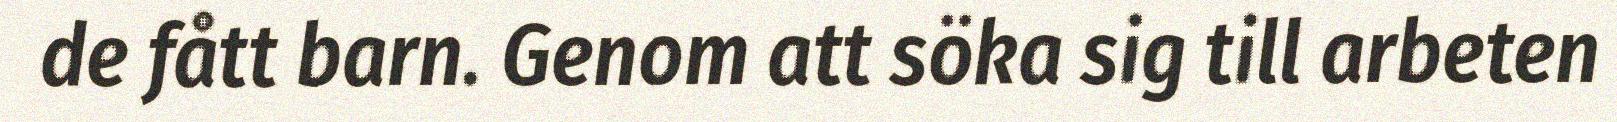
de fått barn. Genom att söka sig till arbeten